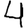
Digit: 4